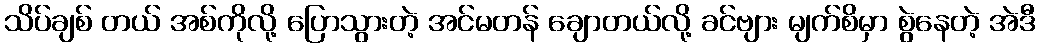
သိပ်ချစ် တယ် အစ်ကိုလို့ ပြောသွားတဲ့ အင်မတန် ချောတယ်လို့ ခင်ဗျား မျက်စိမှာ စွဲနေတဲ့ အဲဒီ